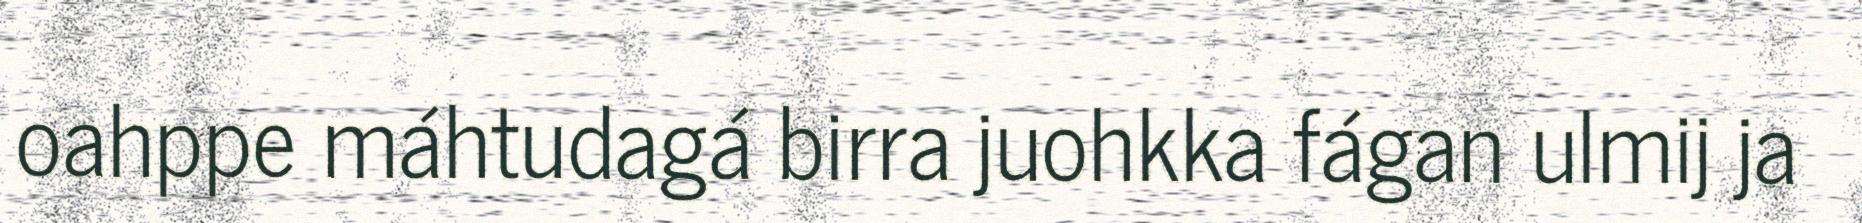
oahppe máhtudagá birra juohkka fágan ulmij ja